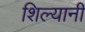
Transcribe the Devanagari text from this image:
शिल्यानी